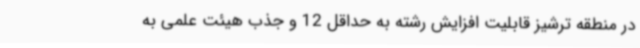
در منطقه ترشیز قابلیت افزایش رشته به حداقل 12 و جذب هیئت‌ علمی به